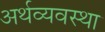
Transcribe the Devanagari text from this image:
अर्थव्यवस्‍था